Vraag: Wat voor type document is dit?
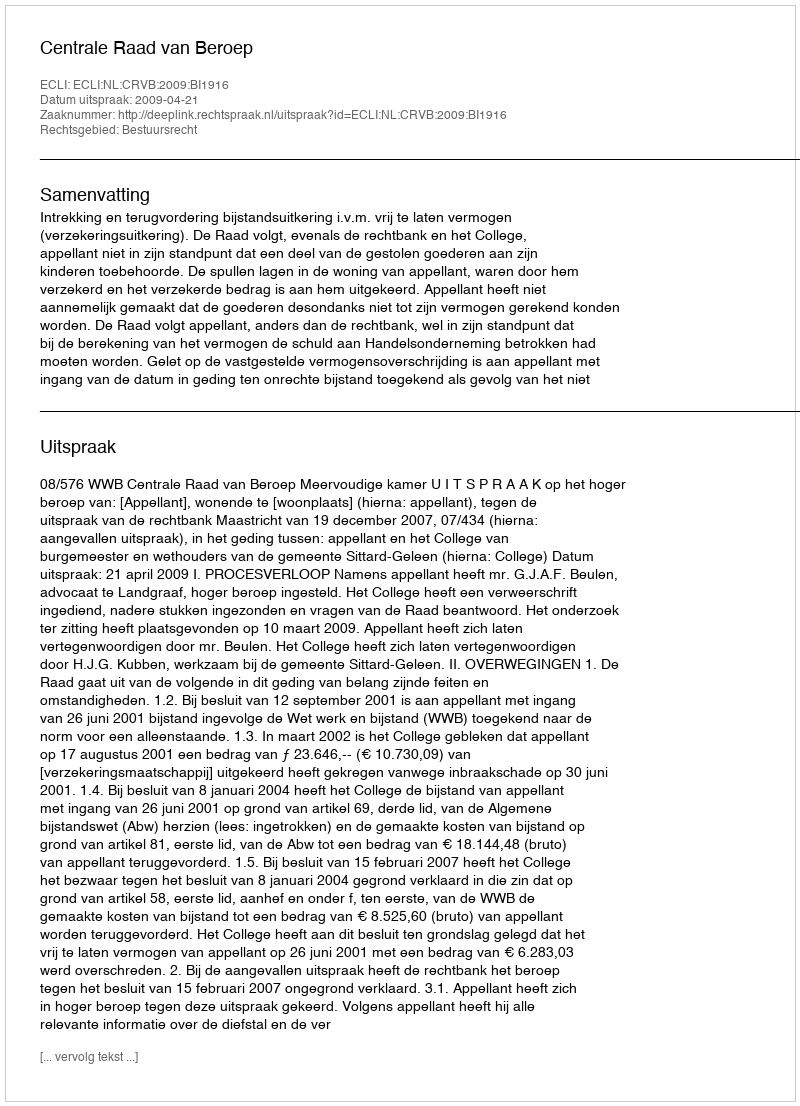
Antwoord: Uitspraak